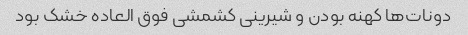
دونات‌ها کهنه بودن و شیرینی کشمشی فوق العاده خشک بود